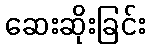
ဆေးဆိုးခြင်း